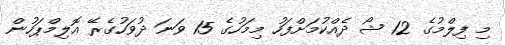
މި ފިލްމުގެ 12 ޝޯ ދެއްކުމަށްފަހު މިމަހުގެ 15 ވަނަ ދުވަހުގެރޭ އޮލިމްޕަހުން